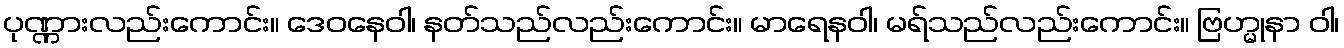
ပုဏ္ဏားလည်းကောင်း။ ဒေဝနေဝါ၊ နတ်သည်လည်းကောင်း။ မာရေနဝါ၊ မရ်သည်လည်းကောင်း။ ဗြဟ္မုနာ ဝါ၊